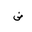
Letter: _dad